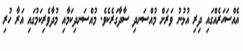
އެއްސަހަރެއްގައި ދިރި އުޅުނު ވަރަށް މުއްސަނދި ސާދާގަރެކެވެ. މުއްސަނދިކަމާއި މުދާވެރިކަމުގައި އަރާ ހުރި